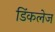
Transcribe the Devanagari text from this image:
डिंकलेज